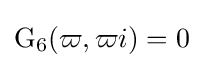
\operatorname {G} _{6}(\varpi ,\varpi i)=0